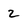
Character: 2